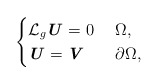
\begin{align*} \begin{cases} \mathcal{L}_g \textbf{\textit{U}} = 0 & \ \Omega, \\ \textbf{\textit{U}} = \textbf{\textit{V}} & \ \partial \Omega, \end{cases}\end{align*}